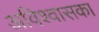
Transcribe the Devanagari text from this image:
अविश्वासका